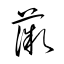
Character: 薇